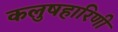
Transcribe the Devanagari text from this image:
कलुषहारिणी